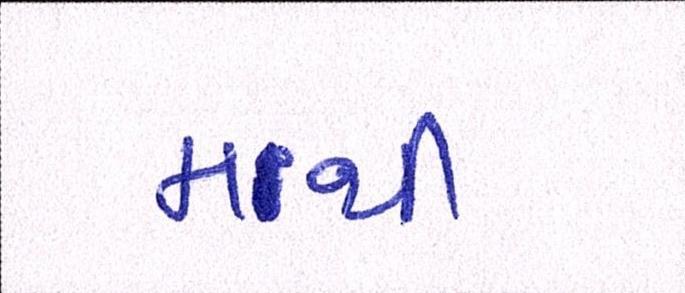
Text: મથી